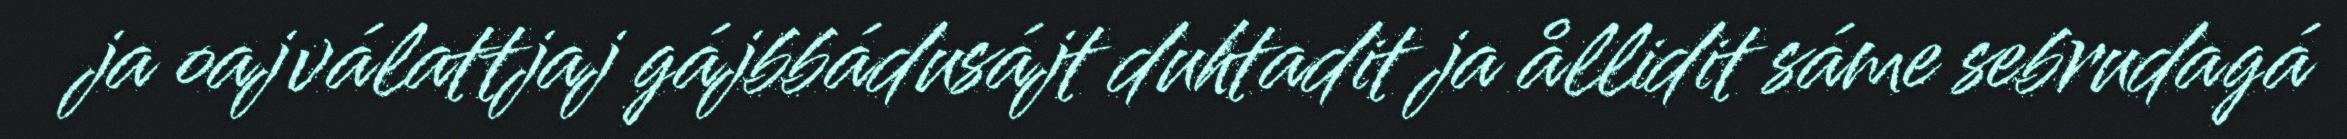
ja oajválattjaj gájbbádusájt duhtadit ja ållidit sáme sebrudagá